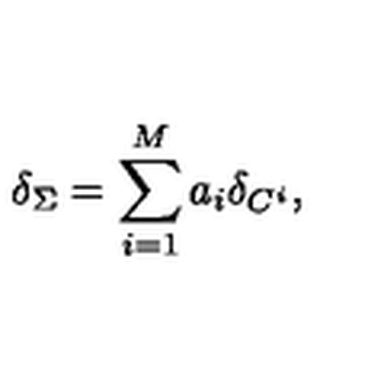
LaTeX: \delta _ { \Sigma } = \sum _ { i = 1 } ^ { M } a _ { i } \delta _ { C ^ { i } } ,